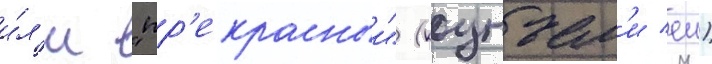
и́л'и "пр'екрасныи" (кунъем'и еи)